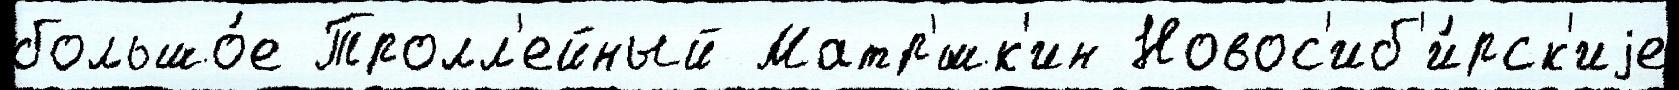
большо́е Тролл'ейный Матр'́шк'ин Новос'иб'и́рск'иjе